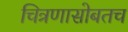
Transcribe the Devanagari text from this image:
चित्रणासोबतच